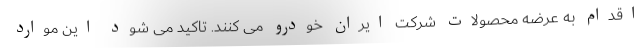
اقدام به عرضه محصولات شرکت ایران خودرو می کنند. تاکید می شود این موارد